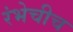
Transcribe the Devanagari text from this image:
रंभेचीच